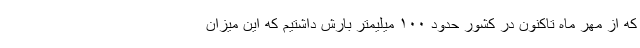
که از مهر ماه تاکنون در کشور حدود ۱۰۰ میلیمتر بارش داشتیم که این میزان